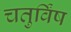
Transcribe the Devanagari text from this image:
चतुर्विंष